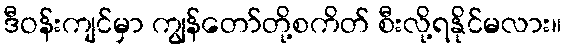
ဒီဝန်းကျင်မှာ ကျွန်တော်တို့စကိတ် စီးလို့ရနိုင်မလား။